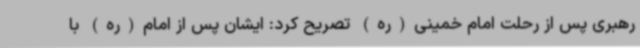
رهبری پس از رحلت امام خمینی(ره) تصریح کرد: ایشان پس از امام(ره) با